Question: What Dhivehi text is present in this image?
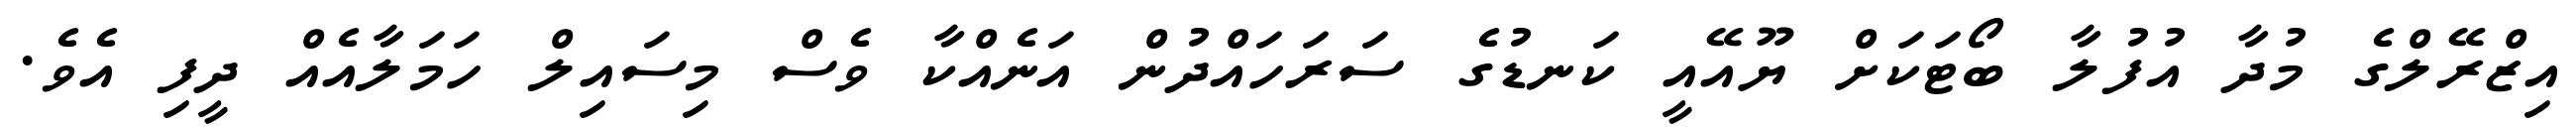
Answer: އިޒްރޭލްގެ މުދާ އުފުލާ ބޯޓަކަށް ޔޫއޭއީ ކަނޑުގެ ސަރަހައްދުން އަނެއްކާ ވެސް މިސައިލް ހަމަލާއެއް ދީފި އެވެ.